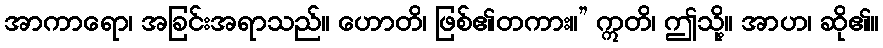
အာကာရော၊ အခြင်းအရာသည်။ ဟောတိ၊ ဖြစ်၏တကား။” ဣတိ၊ ဤသို့။ အာဟ၊ ဆို၏။